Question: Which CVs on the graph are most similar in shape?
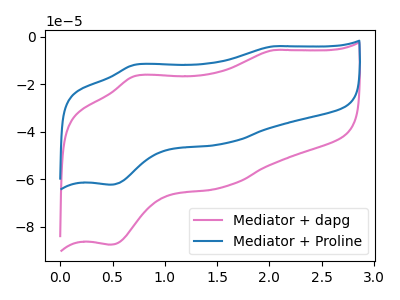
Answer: <think>The pink curve "Mediator + dapg" has anodic peaks at (2.05V, -5.60uA) (0.70V, -16.50uA) and cathodic peaks at (1.55V, -63.20uA) (0.50V, -87.45uA). The blue curve "Mediator + Proline" has anodic peaks at (2.05V, -3.95uA) (0.70V, -11.75uA) and cathodic peaks at (1.55V, -44.95uA) (0.50V, -62.20uA).
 All the peaks in "Mediator + dapg" have a peak in "Mediator + Proline" at the same potential.</think>
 <answer>"Mediator + dapg" and "Mediator + Proline" have the same shape and are likely CV's of the same chemical.</answer>
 <eval>"Mediator + dapg" "Mediator + Proline"</eval>